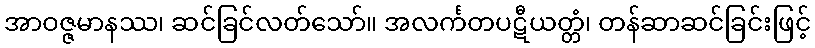
အာဝဇ္ဇမာနဿ၊ ဆင်ခြင်လတ်သော်။ အလင်္ကတပဋီယတ္တံ၊ တန်ဆာဆင်ခြင်းဖြင့်